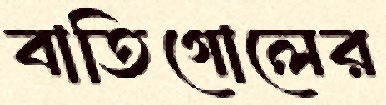
বাতিগোলের